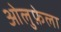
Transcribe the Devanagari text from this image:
ओलुफ़ेला